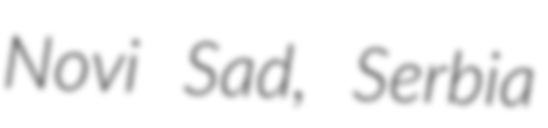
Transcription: Novi Sad, Serbia